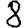
Digit: 8